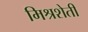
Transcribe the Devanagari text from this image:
मिश्रशेती